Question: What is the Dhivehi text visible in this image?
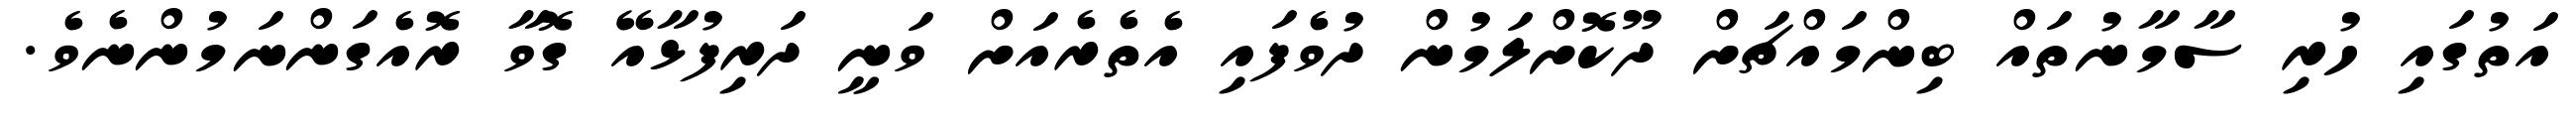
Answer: އަތުގައި ހުރި ސާމާނުތައް ބިންމައްޗަށް ދޫކޮށްލަމުން ދުވެފައި އެތެރެއަށް ވަނީ ދަރިފުޅާއޭ ގޮވާ ރޮއެގަންނަމުންނެވެ.